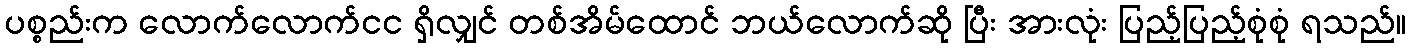
ပစ္စည်းက လောက်လောက်ငင ရှိလျှင် တစ်အိမ်ထောင် ဘယ်လောက်ဆို ပြီး အားလုံး ပြည့်ပြည့်စုံစုံ ရသည်။